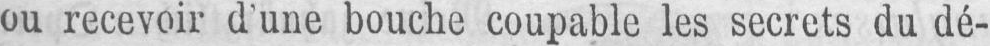
ou recevoir d’une bouche coupable les secrets du dé-